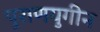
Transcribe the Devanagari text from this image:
पुराणयुगीन